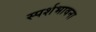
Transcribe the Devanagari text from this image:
स्पर्शभावना